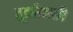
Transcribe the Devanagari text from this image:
वूडमैनसी